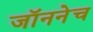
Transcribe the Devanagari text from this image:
जॉननेच